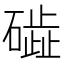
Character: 𥖋